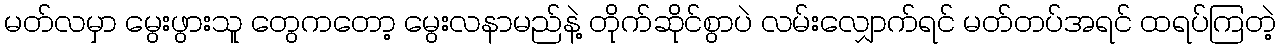
မတ်လမှာ မွေးဖွားသူ တွေကတော့ မွေးလနာမည်နဲ့ တိုက်ဆိုင်စွာပဲ လမ်းလျှောက်ရင် မတ်တပ်အရင် ထရပ်ကြတဲ့